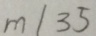
m / 3 5